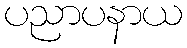
ပညာပနာယ